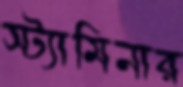
স্ট্যামিনার